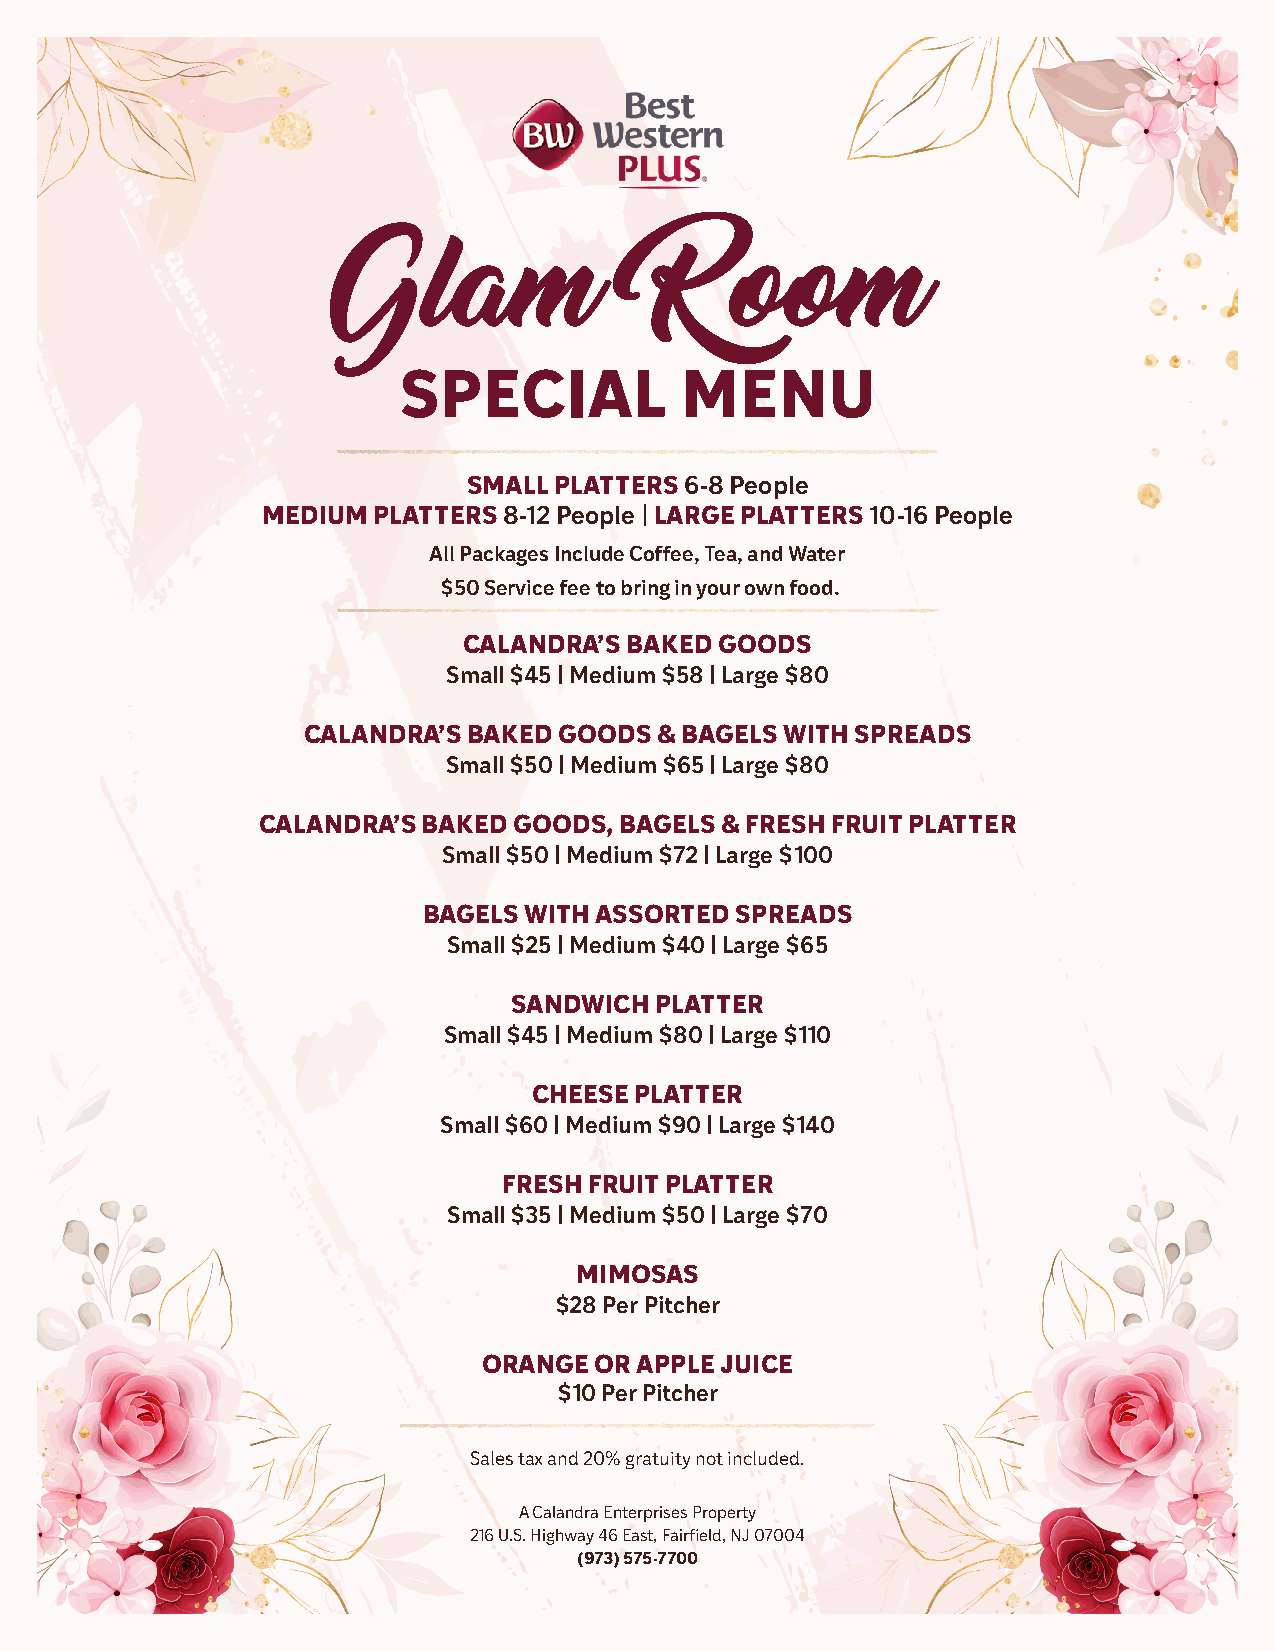
Glam                Room
 SPECIAL            MENU
 SMALL PLATTERS 6-8 People
 MEDIUM  PLATTERS 8-12 People | LARGE PLATTERS 10-16 People
 All Packages Include Coffee, Tea, and Water
 $50 Service fee to bring in your own food.
 CALANDRA’S BAKED GOODS
 Small $45 | Medium $58 | Large $80
 CALANDRA’S BAKED GOODS  & BAGELS WITH SPREADS
 Small $50 | Medium $65 | Large $80
 CALANDRA’S BAKED GOODS, BAGELS & FRESH FRUIT PLATTER
 Small $50 | Medium $72 | Large $100
 BAGELS WITH ASSORTED SPREADS
 Small $25 | Medium $40 | Large $65
 SANDWICH PLATTER
 Small $45 | Medium $80 | Large $110
 CHEESE PLATTER
 Small $60 | Medium $90 | Large $140
 FRESH FRUIT PLATTER
 Small $35 | Medium $50 | Large $70
 MIMOSAS
 $28 Per Pitcher
 ORANGE OR APPLE JUICE
 $10 Per Pitcher
 Sales tax and 20% gratuity not included.
 A Calandra Enterprises Property
 216 U.S. Highway 46 East, Fairfield, NJ 07004
 (973) 575-7700